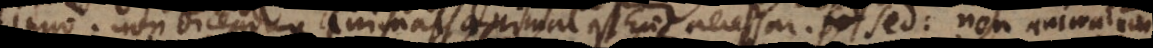
Imo non dicendum animal animal est Ens necessarium. sed: non animal